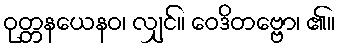
ဝုတ္တနယေနဝ၊ လျှင်။ ဝေဒိတဗ္ဗော၊ ၏။